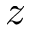
z